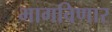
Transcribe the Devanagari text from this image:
भागविणार